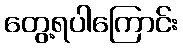
တွေ့ရပါကြောင်း